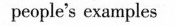
neople's exnmples